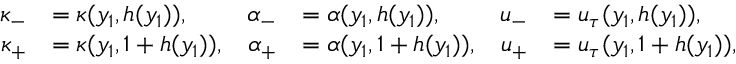
\begin{array} { r l r l r l } { \kappa _ { - } } & { = \kappa ( y _ { 1 } , h ( y _ { 1 } ) ) , } & { \alpha _ { - } } & { = \alpha ( y _ { 1 } , h ( y _ { 1 } ) ) , } & { u _ { - } } & { = u _ { \tau } ( y _ { 1 } , h ( y _ { 1 } ) ) , } \\ { \kappa _ { + } } & { = \kappa ( y _ { 1 } , 1 + h ( y _ { 1 } ) ) , } & { \alpha _ { + } } & { = \alpha ( y _ { 1 } , 1 + h ( y _ { 1 } ) ) , } & { u _ { + } } & { = u _ { \tau } ( y _ { 1 } , 1 + h ( y _ { 1 } ) ) , } \end{array}